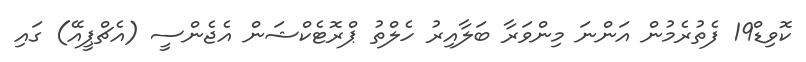
ކޮވިޑް19 ފެތުރެމުން އަންނަ މިންވަރާ ބަލާއިރު ހެލްތު ޕްރޮޓެކްޝަން އެޖެންސީ (އެޗްޕީއޭ) ގައި